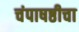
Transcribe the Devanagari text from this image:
चंपाषष्ठीचा